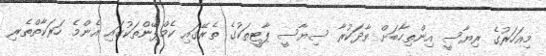
މިއަހަރުގެ ރިޔާސީ އިންތިހާބަށް ވާދަކުރާ ސިޔާސީ ޕާޓީތަކުގެ ތެރޭގައި ކެމްޕޭންތަކުގައި އެންމެ ހަރަކާތްތެރި